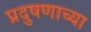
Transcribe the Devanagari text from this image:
प्रदुषणाच्या